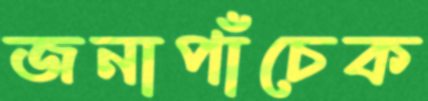
জনাপাঁচেক